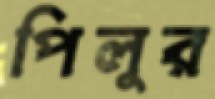
পিলুর